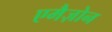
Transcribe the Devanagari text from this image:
एमैज़ोन